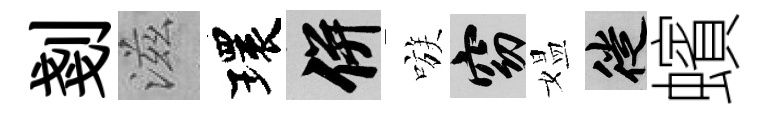
剗滋環并嗾窈媪徙蠙